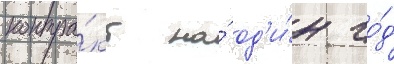
контра́кт на́ од'и́н го́д